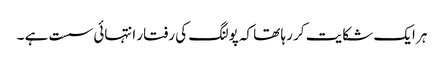
ہر ایک شکایت کر رہا تھا کہ پولنگ کی رفتار انتہائی سست ہے ۔